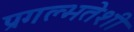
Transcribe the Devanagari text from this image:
प्रगल्भतेशी